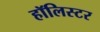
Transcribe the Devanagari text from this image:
हॉलिस्टर